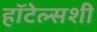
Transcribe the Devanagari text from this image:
हॉटेल्सशी